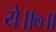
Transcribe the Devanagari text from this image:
ये॥७॥